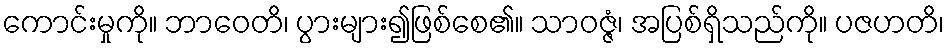
ကောင်းမှုကို။ ဘာဝေတိ၊ ပွားများ၍ဖြစ်စေ၏။ သာဝဇ္ဇံ၊ အပြစ်ရှိသည်ကို။ ပဇဟတိ၊